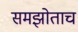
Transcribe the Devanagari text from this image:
समझोताच